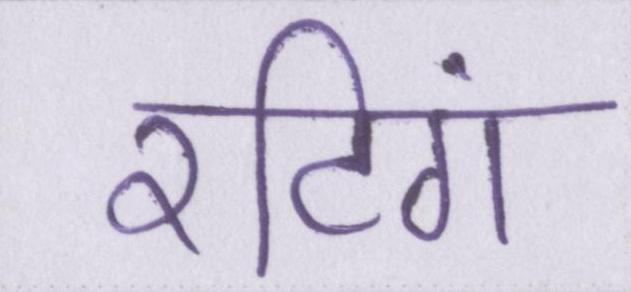
रटिंग